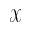
\mathcal { X }